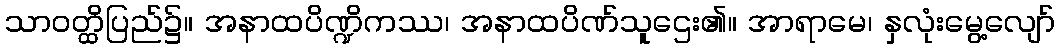
သာဝတ္ထိပြည်၌။ အနာထပိဏ္ဍိကဿ၊ အနာထပိဏ်သူဌေး၏။ အာရာမေ၊ နှလုံးမွေ့လျော်